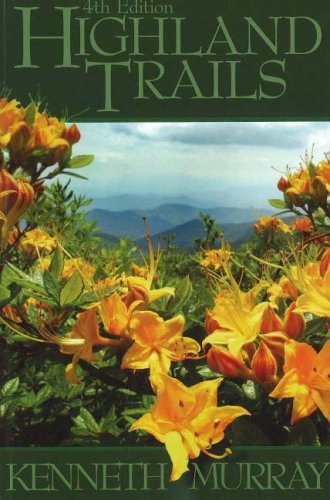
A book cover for Highland Trails: A Guide to Scenic Trails in Northeast Tennessee, Western North Carolina, and Southwest Virginia; Kenneth Murray; Travel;